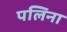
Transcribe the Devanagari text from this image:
पलिना